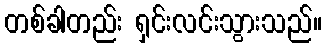
တစ်ခါတည်း ရှင်းလင်းသွားသည်။